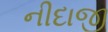
નીદાજી